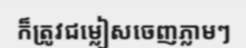
ក៏ត្រូវជម្លៀសចេញភ្លាមៗ